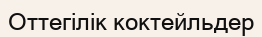
Оттегілік коктейльдер